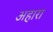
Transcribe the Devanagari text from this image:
अहारा